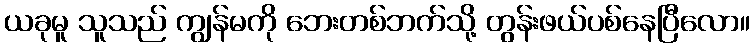
ယခုမူ သူသည် ကျွန်မကို ဘေးတစ်ဘက်သို့ တွန်းဖယ်ပစ်နေပြီလော။